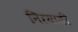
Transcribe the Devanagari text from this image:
निरयाती